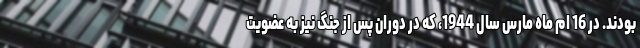
بودند. در 16 ام ماه مارس سال 1944، که در دوران پس از جنگ نیز به عضویت